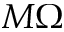
M \Omega